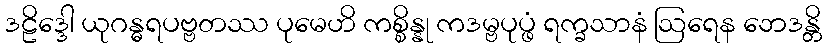
ဒဠိဒ္ဒေါ ယုဂန္ဓရပဗ္ဗတဿ ပုမေဟိ ကစ္စိန္နု ကဒမ္ဗပုပ္ဖံ ရက္ခသာနံ ဩရေန ဘေဒန္တိ